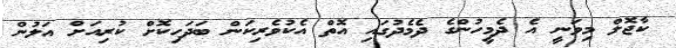
ކާޖޮލް މިވަނީ އެ ދެމީހުންގެ ދެމެދުގައި އޮތް އެކުވެރިކަން ބަދަހިކޮށް ކުރިއަށް އަލުން